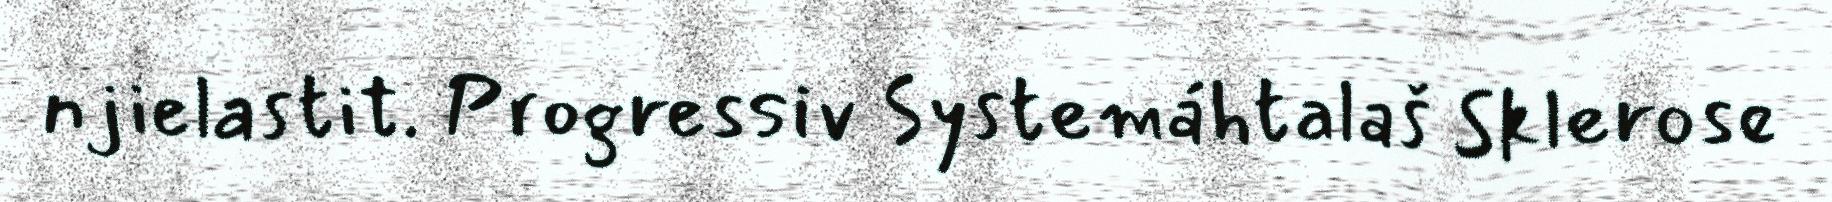
njielastit. Progressiv Systemáhtalaš Sklerose